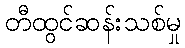
တီထွင်ဆန်းသစ်မှု